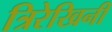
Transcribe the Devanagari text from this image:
त्रिरेखिनी